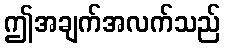
ဤအချက်အလက်သည်